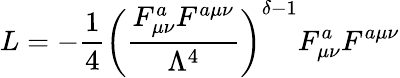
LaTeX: L=-\frac{1}{4}\left(\frac{F_{\mu\nu}^{a}F^{a\mu\nu}}{\Lambda^{4}}\right)^{\delta-1}F_{\mu\nu}^{a}F^{a\mu\nu}